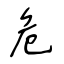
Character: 危